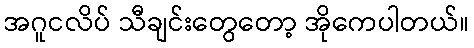
အဂူငလိပ် သီချင်းတွေတော့ အိုကေပါတယ်။